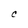
Character: C